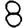
Digit: 8